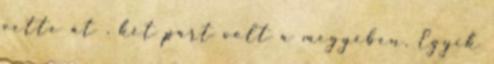
vette át . két párt volt a megyében, Egyik